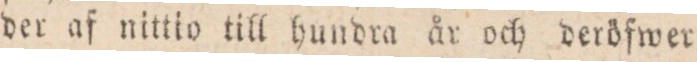
der af nittio till hundra år och deröfwer